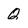
Character: Q